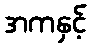
အကနှင့်